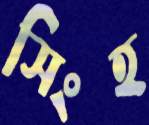
সিংহ